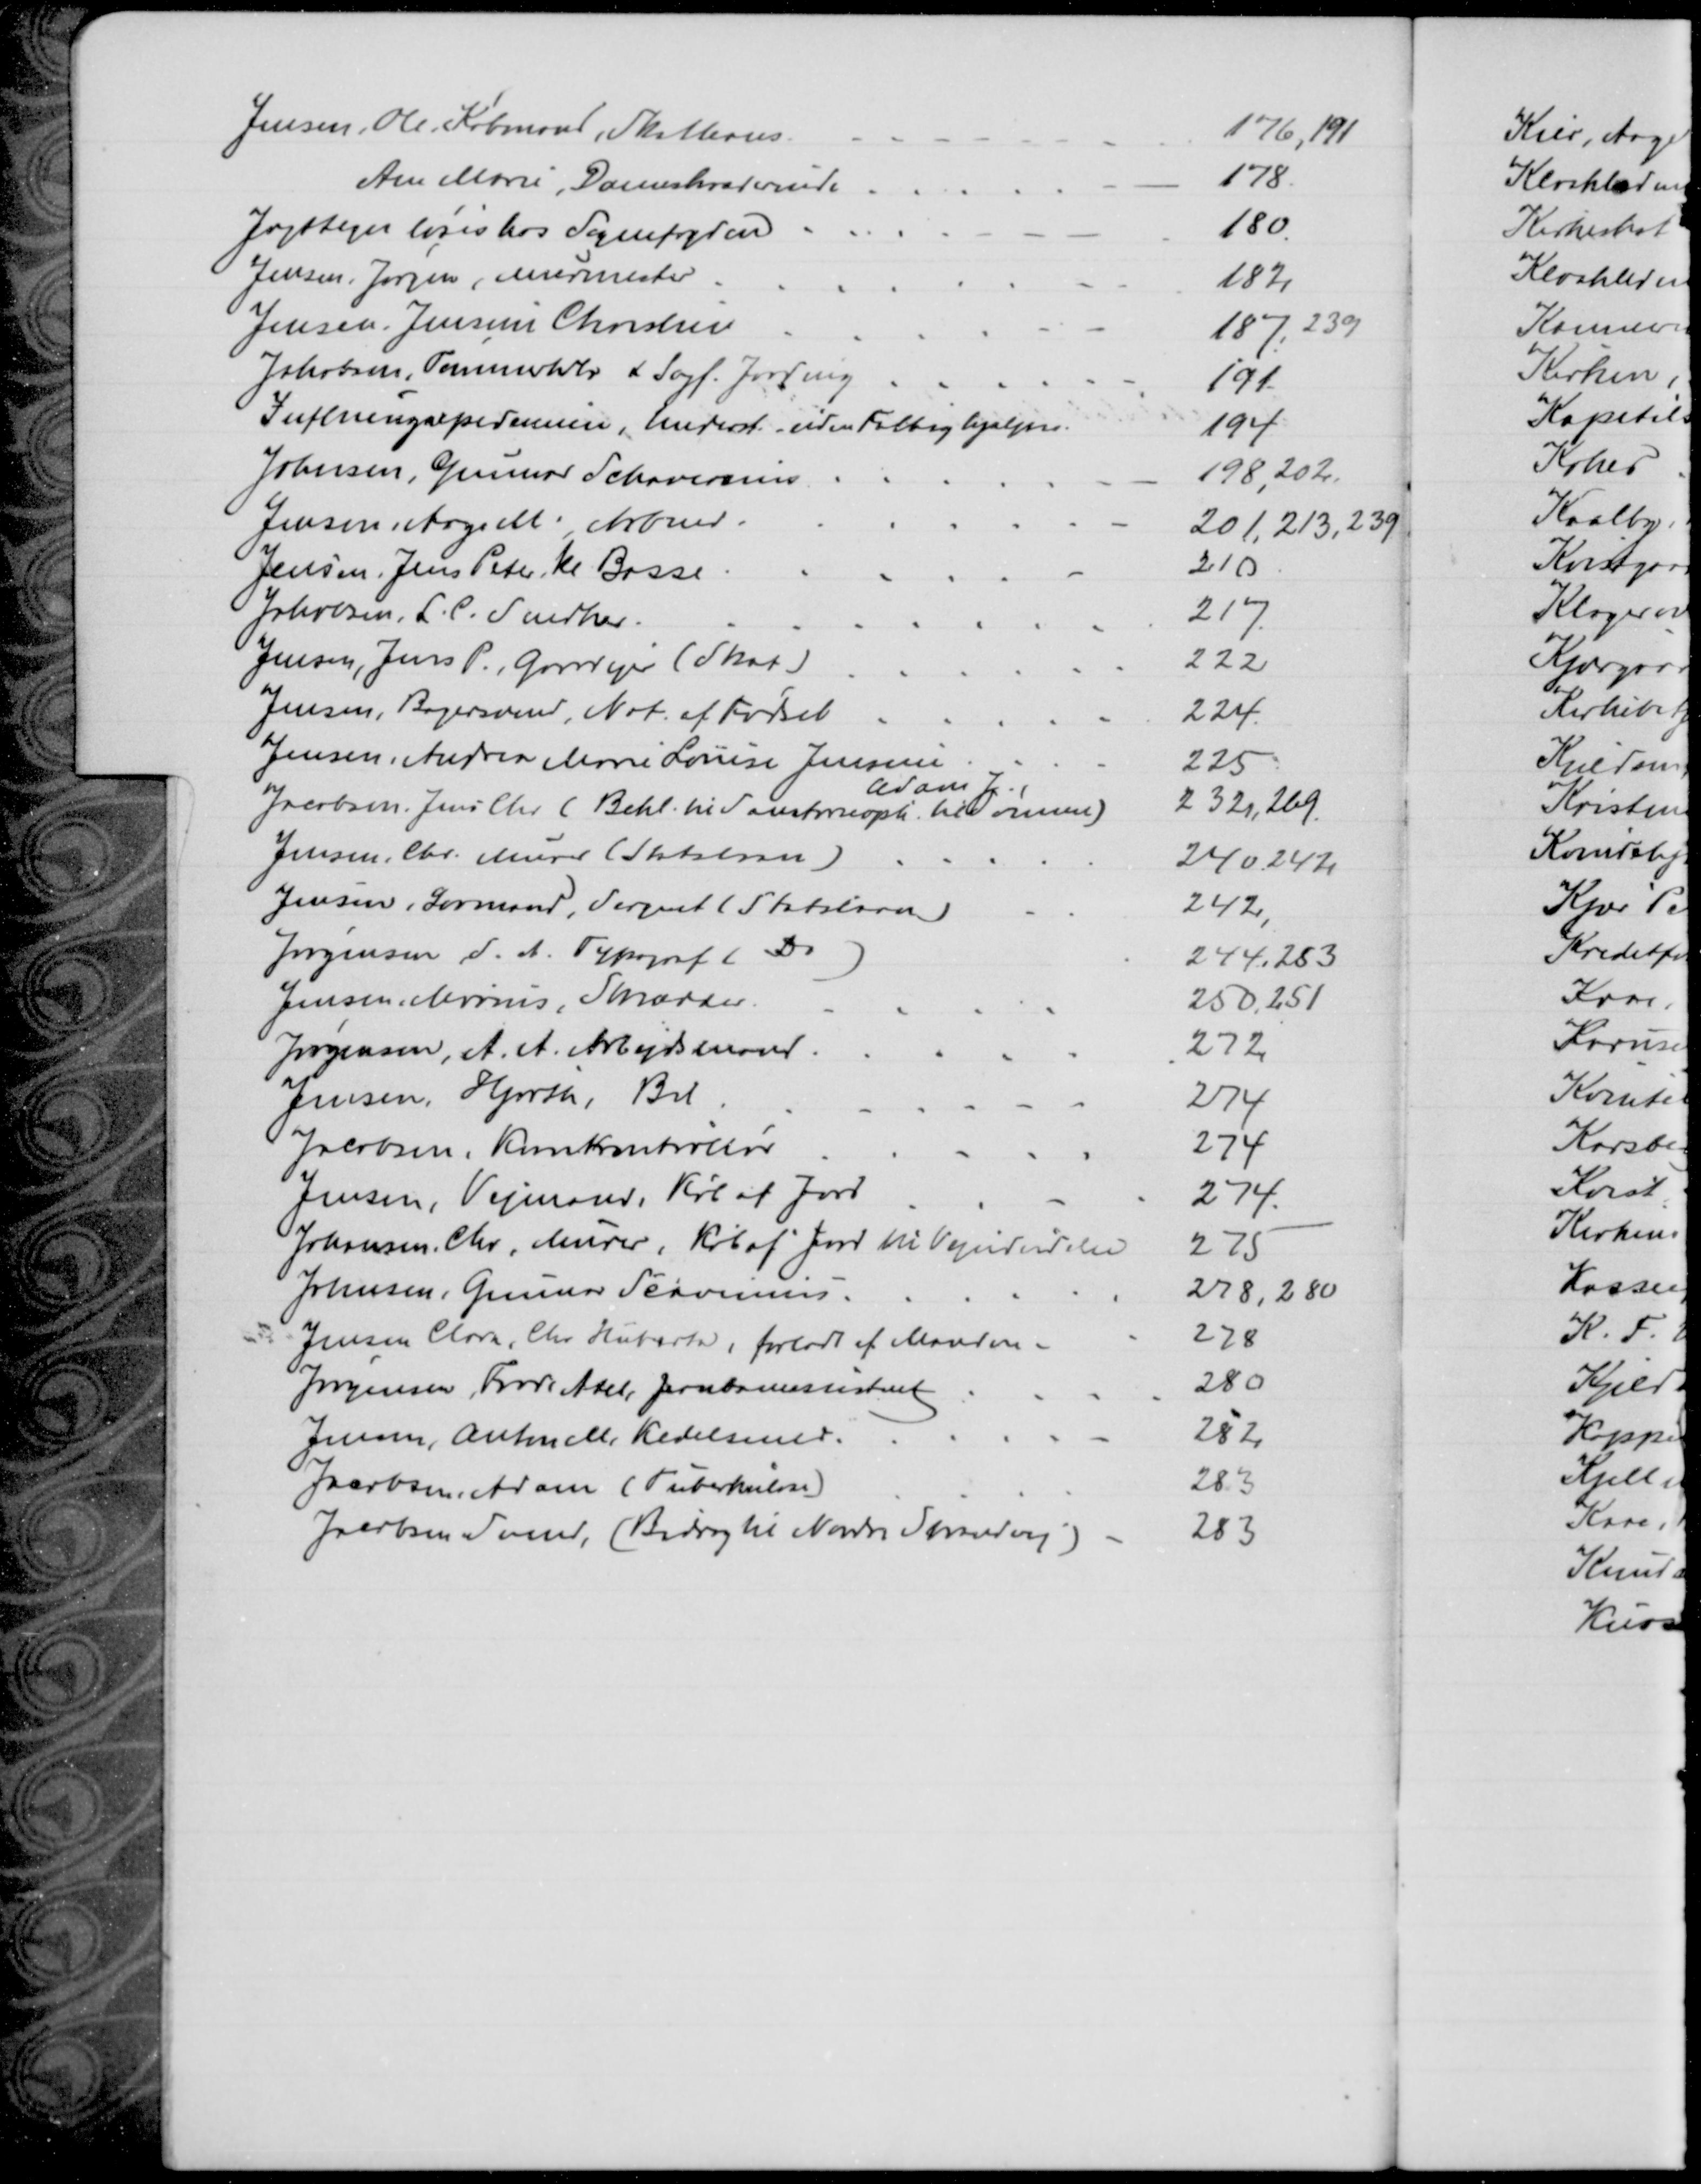
Transskription:
Jensen, Ole, Købmand, Skatteans.
176, 191
Ane Marie, Dameskræderinde
178
Jagttegn løses hos Sognefogden
180
Jensen, Jørgen, Murmester
182
Jensen Jensine Christine
187, 239
Jakobsen, Tømmerhdlr & Sagf. Jarding
191
Influenzaepidemien. Underst uden Fattighjælpen.
194
Johnsen, Gunnar Schavenius
198, 202.
Jensen, Aage M., Arbmd.
201, 213, 239
Jensen Jens Peter, kl. Basse
210
Jakobsen, L. C. Snedker
217
Jensen, Jens P. ,Gaardejer (Skat)
222
Jensen, Bagersvend, Not. af Fødsel
224
Jensen, Andrea Marie Louise Jensine
225
Jacobsen. Jens Chr. (Bekl. til Sanatorieoph. til Sønnen)
Adam J
232, 269
Jensen, Chr. Murer (Statslaan)
240, 242
Jensen, Lovmand, Sergent (Statslaan)
242,
Jørgensen, S. A. Typograf (Do)
244, 283
Jensen, Marius, Skrædder
250, 251
Jørgensen, A. A. Arbejdsmand
272
Jensen, Hjorth, Bil
274
Jacobsen, Kornkontrollør
274
Jensen, Vejmand, Køb af Jord
274
Johansen, Chr, Murer, Køb af Jord til Vejudvidelse
275
Johnsen, Gunnar Scavenius
278, 280
Jensen Clara, Chr Huberta, forladt af Manden
278
Jørgensen, Frode Axel, Jernbaneassistent
280
Jensen, Anton M, Kedelsmed
282
Jacobsen, Adam (Tuberkulose)
283
Jacobsen Svend, (Bidrag til Nordre Strandvej)
283